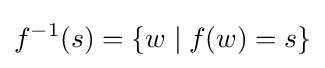
f^{-1}(s)=\{w\mid f(w)=s\}